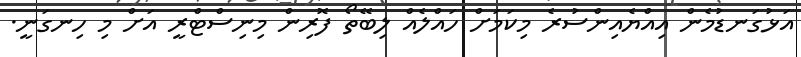
އަޅުގަނޑުމެން އިއްޔެއިންސުރެ މިކަމަށް ހައްލެއް ލިބޭތޯ ފޮރިން މިނިސްޓްރީ އަށް މި ހިނގަނީ.